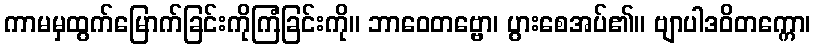
ကာမမှထွက်မြောက်ခြင်းကိုကြံခြင်းကို။ ဘာဝေတဗ္ဗော၊ ပွားစေအပ်၏။ ဗျာပါဒဝိတက္ကော၊